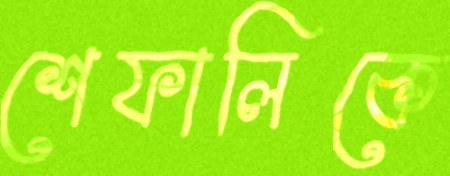
শেফালিকে